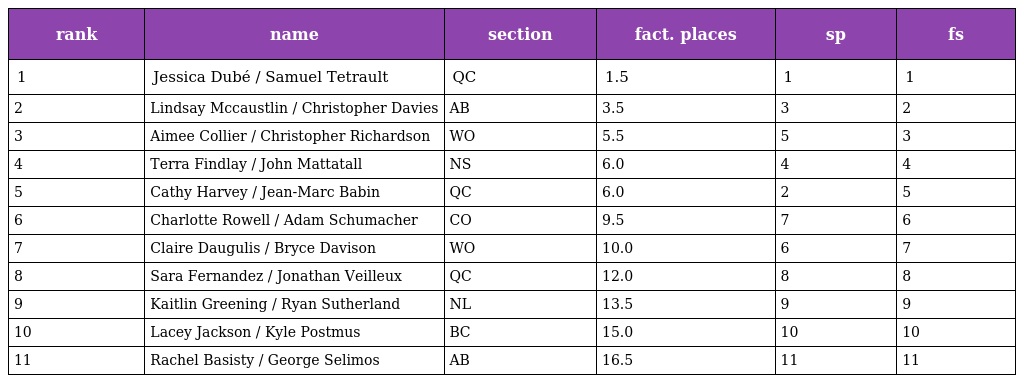
| rank | name | section | fact. places | sp | fs |
 | --- | --- | --- | --- | --- | --- |
 | 1 | Jessica Dubé / Samuel Tetrault | QC | 1.5 | 1 | 1 |
 | 2 | Lindsay Mccaustlin / Christopher Davies | AB | 3.5 | 3 | 2 |
 | 3 | Aimee Collier / Christopher Richardson | WO | 5.5 | 5 | 3 |
 | 4 | Terra Findlay / John Mattatall | NS | 6.0 | 4 | 4 |
 | 5 | Cathy Harvey / Jean-Marc Babin | QC | 6.0 | 2 | 5 |
 | 6 | Charlotte Rowell / Adam Schumacher | CO | 9.5 | 7 | 6 |
 | 7 | Claire Daugulis / Bryce Davison | WO | 10.0 | 6 | 7 |
 | 8 | Sara Fernandez / Jonathan Veilleux | QC | 12.0 | 8 | 8 |
 | 9 | Kaitlin Greening / Ryan Sutherland | NL | 13.5 | 9 | 9 |
 | 10 | Lacey Jackson / Kyle Postmus | BC | 15.0 | 10 | 10 |
 | 11 | Rachel Basisty / George Selimos | AB | 16.5 | 11 | 11 |